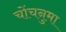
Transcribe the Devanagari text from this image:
चोंचनुमा